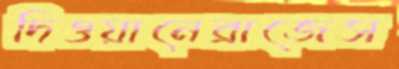
দিওয়ানেব্রাজেস